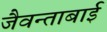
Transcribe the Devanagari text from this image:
जैवन्ताबाई